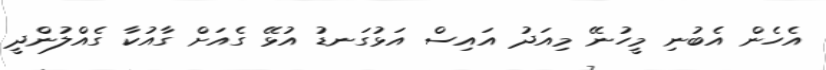
އެހެން އެބުނި މީހުނޭ މިއަދު އައިސް އަޅުގަނޑު އުޅޭ ގެއަށް ގާއުކާ ގެއްލުންދީ